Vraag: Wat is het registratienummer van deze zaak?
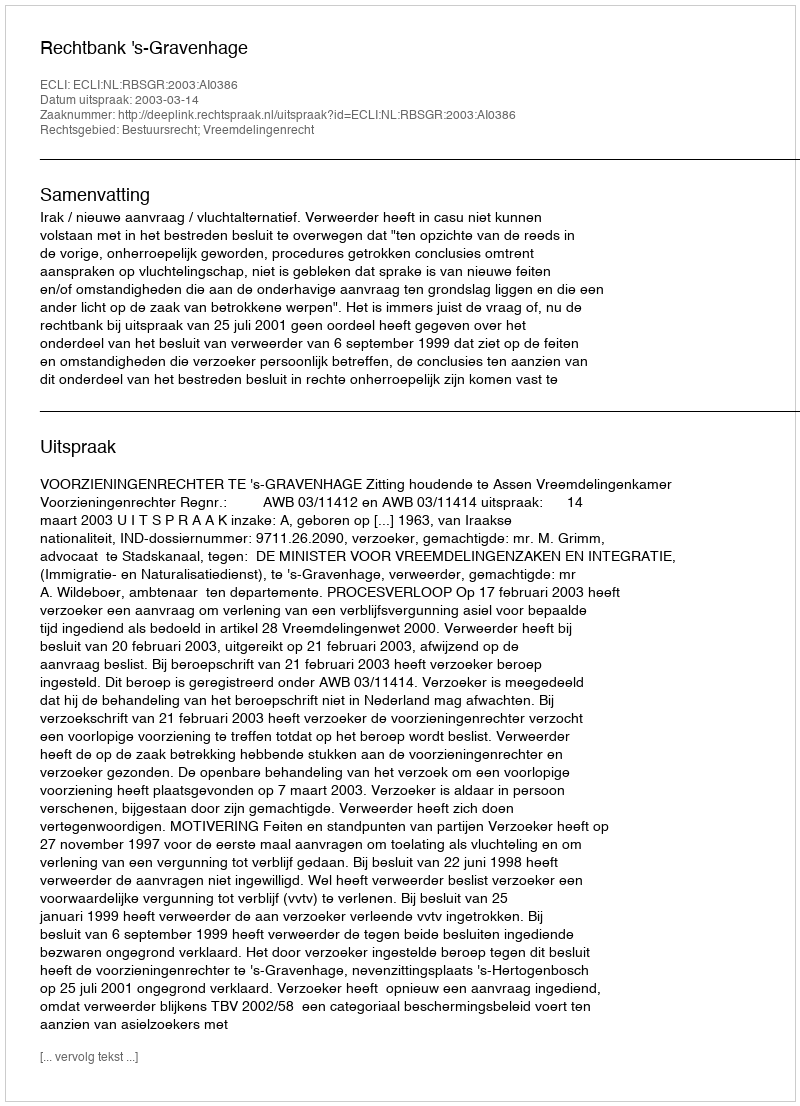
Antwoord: http://deeplink.rechtspraak.nl/uitspraak?id=ECLI:NL:RBSGR:2003:AI0386